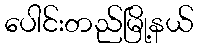
ပေါင်းတည်မြို့နယ်